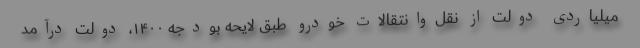
میلیاردی دولت از نقل‌وانتقالات خودرو طبق لایحه بودجه ۱۴۰۰، دولت درآمد